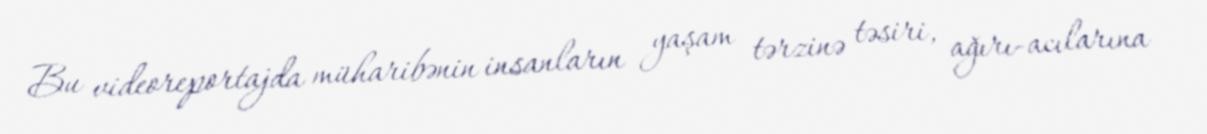
Bu videoreportajda müharibənin insanların yaşam tərzinə təsiri, ağırı-acılarına